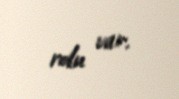
rolu var.